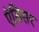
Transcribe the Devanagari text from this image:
ऐडिसर